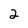
Character: 2